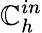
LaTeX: \mathbb{C}_{h}^{in}